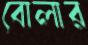
বোলার